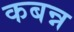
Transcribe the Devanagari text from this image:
कबन्न